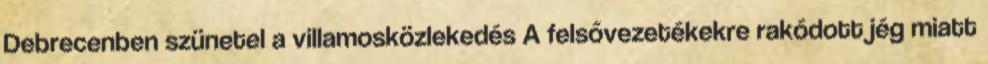
Debrecenben szünetel a villamosközlekedés A felsővezetékekre rakódott jég miatt